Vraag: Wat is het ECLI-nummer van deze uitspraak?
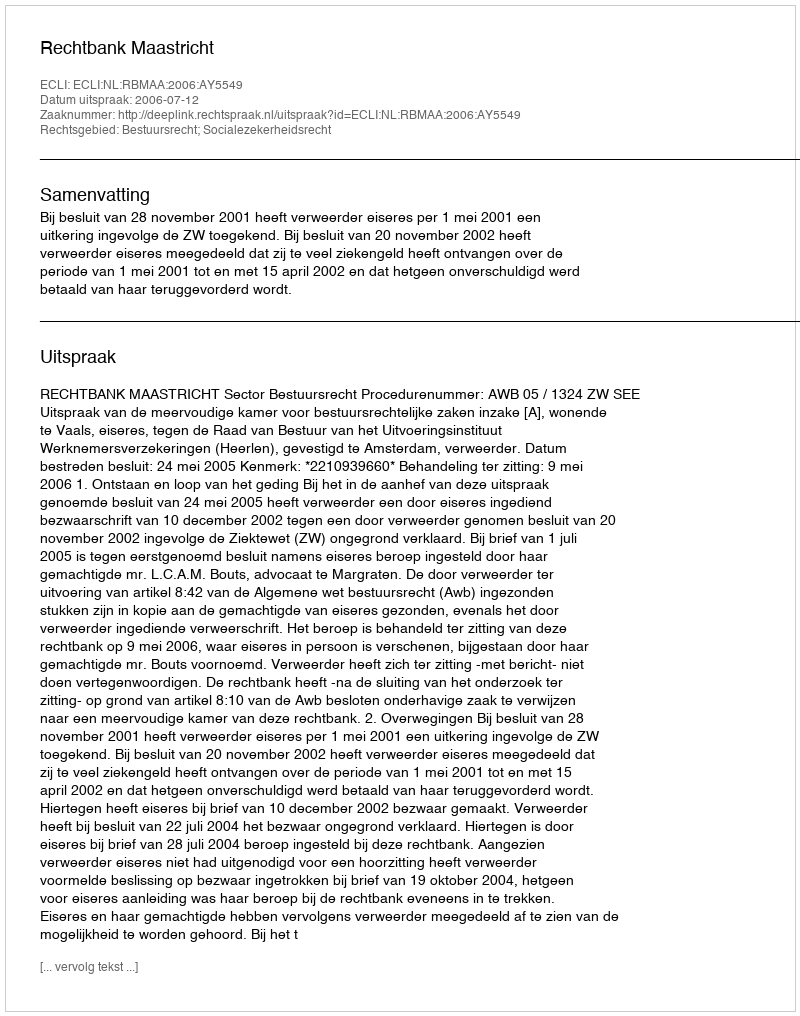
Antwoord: ECLI:NL:RBMAA:2006:AY5549